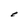
Character: e